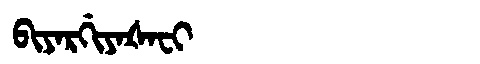
Manchu: ᠪᡳᠶᠠᡵᡤᡳᠶᠠᡧᠠᠸᡳ
Romanization: BIYARGIYAŠAFI